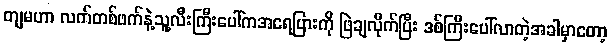
ကျမဟာ လက်တစ်ဖက်နဲ့သူ့လီးကြီးပေါ်ကအရေပြားကို ဖြဲချလိုက်ပြီး ဒစ်ကြီးပေါ်လာတဲ့အခါမှာတော့